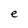
Character: e